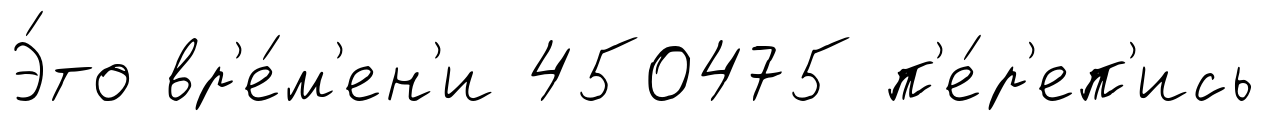
Э́то вр'е́м'ен'и 450475 п'е́р'еп'ись